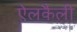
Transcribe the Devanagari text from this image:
ऐलकैली